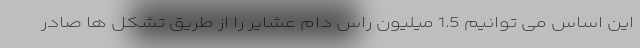
این اساس می توانیم 1.5 میلیون راس دام عشایر را از طریق تشکل ها صادر